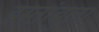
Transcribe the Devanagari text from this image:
इस्तांबुल।